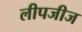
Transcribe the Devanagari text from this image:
लीपजीज